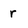
Character: r